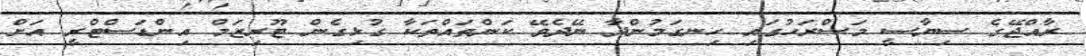
ރާއްޖޭގެ ސިޔާސީ މަސްރަހުގައި ހިނގަމުންދާ ނޭދެވޭ ކަންތައްތަކާ ގުޅިގެން ޓޫރިޒަމް އިންޑަސްޓްރީ އަށް